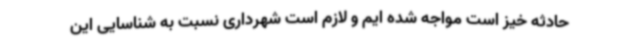
حادثه خیز است مواجه شده ایم و لازم است شهرداری نسبت به شناسایی این